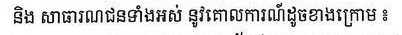
និង សាធារណជនទាំងអស់ នូវគោលការណ៍ដូចខាងក្រោម ៖